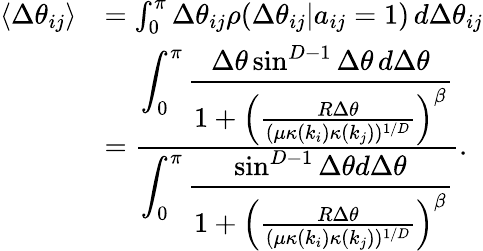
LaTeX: \begin{array}{rl}{\left<\Delta\theta_{ij}\right>}&{=\int_{0}^{\pi}\Delta\theta_{ij}\rho(\Delta\theta_{ij}|a_{ij}=1)\, d\Delta\theta_{ij}}\\ &{=\frac{\displaystyle\int_{0}^{\pi}\frac{\Delta\theta\sin^{D-1}\Delta\theta\, d\Delta\theta}{1+\left(\frac{R\Delta\theta}{(\mu\kappa(k_{i})\kappa(k_{j}))^{1/D}}\right)^{\beta}}}{\displaystyle\int_{0}^{\pi}\frac{\sin^{D-1}\Delta\theta d\Delta\theta}{1+\left(\frac{R\Delta\theta}{(\mu\kappa(k_{i})\kappa(k_{j}))^{1/D}}\right)^{\beta}}}.}\end{array}